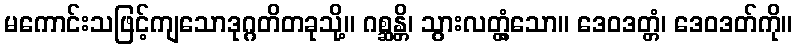
မကောင်းသဖြင့်ကျသောဒုဂ္ဂတိတခုသို့။ ဂစ္ဆန္တိ၊ သွားလတ္တံ့သော။ ဒေဝဒတ္တံ၊ ဒေဝဒတ်ကို။